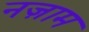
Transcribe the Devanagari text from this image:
नज़ाम